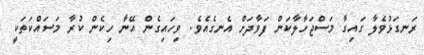
ރަނގަޅުވެލާ ގައިގާ މަސްޖަހާލާކަން ފަވާދަށް އެނގެއެވެ. ވިހައިގެން އޭނާ ހިކެން ކުރާ މަސައްކަތަކީ